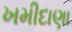
ખમીદાણા